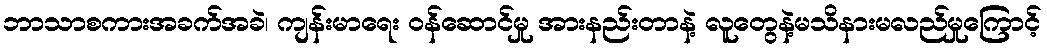
ဘာသာစကားအခက်အခဲ၊ ကျန်းမာရေး ဝန်ဆောင်မှု အားနည်းတာနဲ့ လူတွေနဲ့မသိနားမလည်မှုကြောင့်